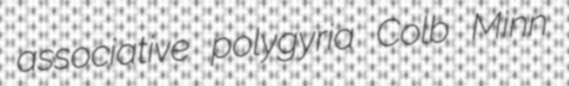
associative polygyria Colb Minn